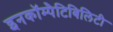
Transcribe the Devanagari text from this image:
इनकॉम्पैटिबिलिटी